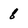
Character: 8